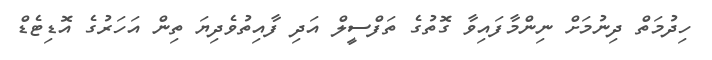
ހިދުމަތް ދިނުމަށް ނިންމާފައިވާ ގޮތުގެ ތަފްސީލް އަދި ފާއިތުވެދިޔަ ތިން އަހަރުގެ އޮޑިޓެޑް